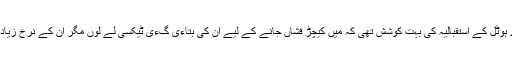
ہمارے ہوٹل کے استقبالیہ کی بہت کوشش تھی کہ میں کیچڑ فشاں جانے کے لیے ان کی بتاءی گءی ٹیکسی لے لوں مگر ان کے نرخ زیادہ تھے۔